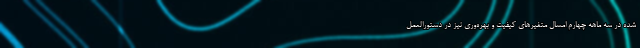
شده در سه ماهه چهارم امسال متغیرهای کیفیت و بهره‌وری نیز در دستورالعمل